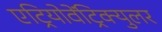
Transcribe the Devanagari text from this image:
एट्रियोवेंट्रिक्युलर